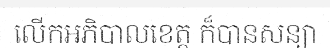
លើកអភិបាលខេត្ត ក៏បានសន្យា